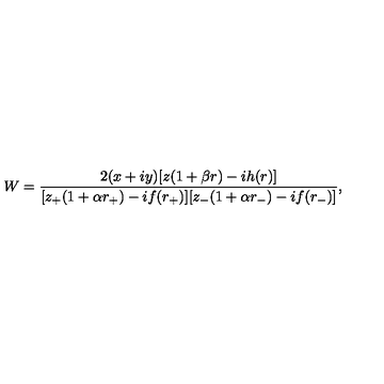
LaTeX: W = \frac { 2 ( x + i y ) [ z ( 1 + \beta r ) - i h ( r ) ] } { [ z _ { + } ( 1 + \alpha r _ { + } ) - i f ( r _ { + } ) ] [ z _ { - } ( 1 + \alpha r _ { - } ) - i f ( r _ { - } ) ] } ,